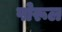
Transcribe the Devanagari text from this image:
पोरूल